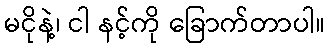
မငိုနဲ့၊ ငါ နင့်ကို ခြောက်တာပါ။